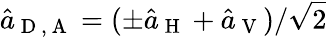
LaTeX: \hat{a}_{\mathrm{~D~},\mathrm{~A~}}=(\pm\hat{a}_{\mathrm{~H~}}+\hat{a}_{\mathrm{~V~}})/\sqrt{2}